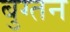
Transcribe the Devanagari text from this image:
बुग्तन